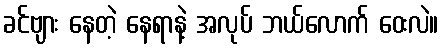
ခင်ဗျား နေတဲ့ နေရာနဲ့ အလုပ် ဘယ်လောက် ဝေးလဲ။